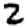
Digit: 2